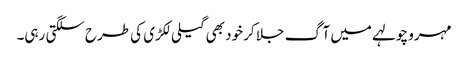
مہرو چولہے میں آگ جلا کر خود بھی گیلی لکڑی کی طرح سلگتی رہی۔